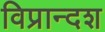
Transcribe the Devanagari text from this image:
विप्रान्दश